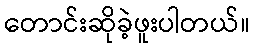
တောင်းဆိုခဲ့ဖူးပါတယ်။